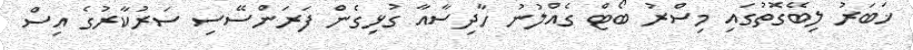
ޚަބަރު ލިބޭގޮތުގައި މިސްރު ބޯޓް ގެއްލުނު ހާދިސާއާ ގުޅިގެން ފަރަންސޭސި ސަރުކާރުގެ އިސް